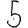
Digit: 5